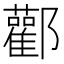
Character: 酄